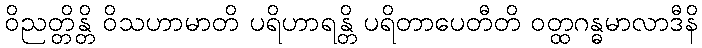
ဝိညတ္တိန္တိ ဝိသဟာမာတိ ပရိဟာရန္တိ ပရိတာပေတီတိ ဝတ္ထဂန္ဓမာလာဒီနိ